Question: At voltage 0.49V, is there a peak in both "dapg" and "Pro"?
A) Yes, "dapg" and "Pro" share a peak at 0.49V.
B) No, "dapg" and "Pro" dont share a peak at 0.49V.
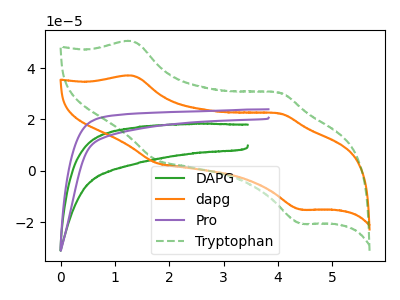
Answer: <think>The green curve "DAPG" has no peaks. The orange curve "dapg" has anodic peaks at (1.35V, 37.05uA) (4.05V, 22.30uA) and cathodic peaks at (1.75V, 3.15uA) (4.40V, -15.10uA). The purple curve "Pro" has no peaks. The green dashed curve "Tryptophan" has anodic peaks at (1.35V, 50.45uA) (4.05V, 30.40uA) and cathodic peaks at (1.75V, 4.30uA) (4.40V, -20.60uA).</think>
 <answer>B) No, "dapg" and "Pro" dont share a peak at 0.49V.</answer>
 <eval>B</eval>